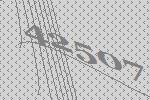
42507